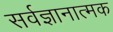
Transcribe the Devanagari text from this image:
सर्वज्ञानात्मक